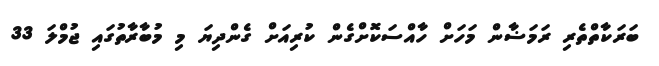
ބަރަކާތްތެރި ރަމަޟާން މަހަށް ހާއްސަކޮށްގެން ކުރިއަށް ގެންދިޔަ މި މުބާރާތުގައި ޖުމްލަ 33